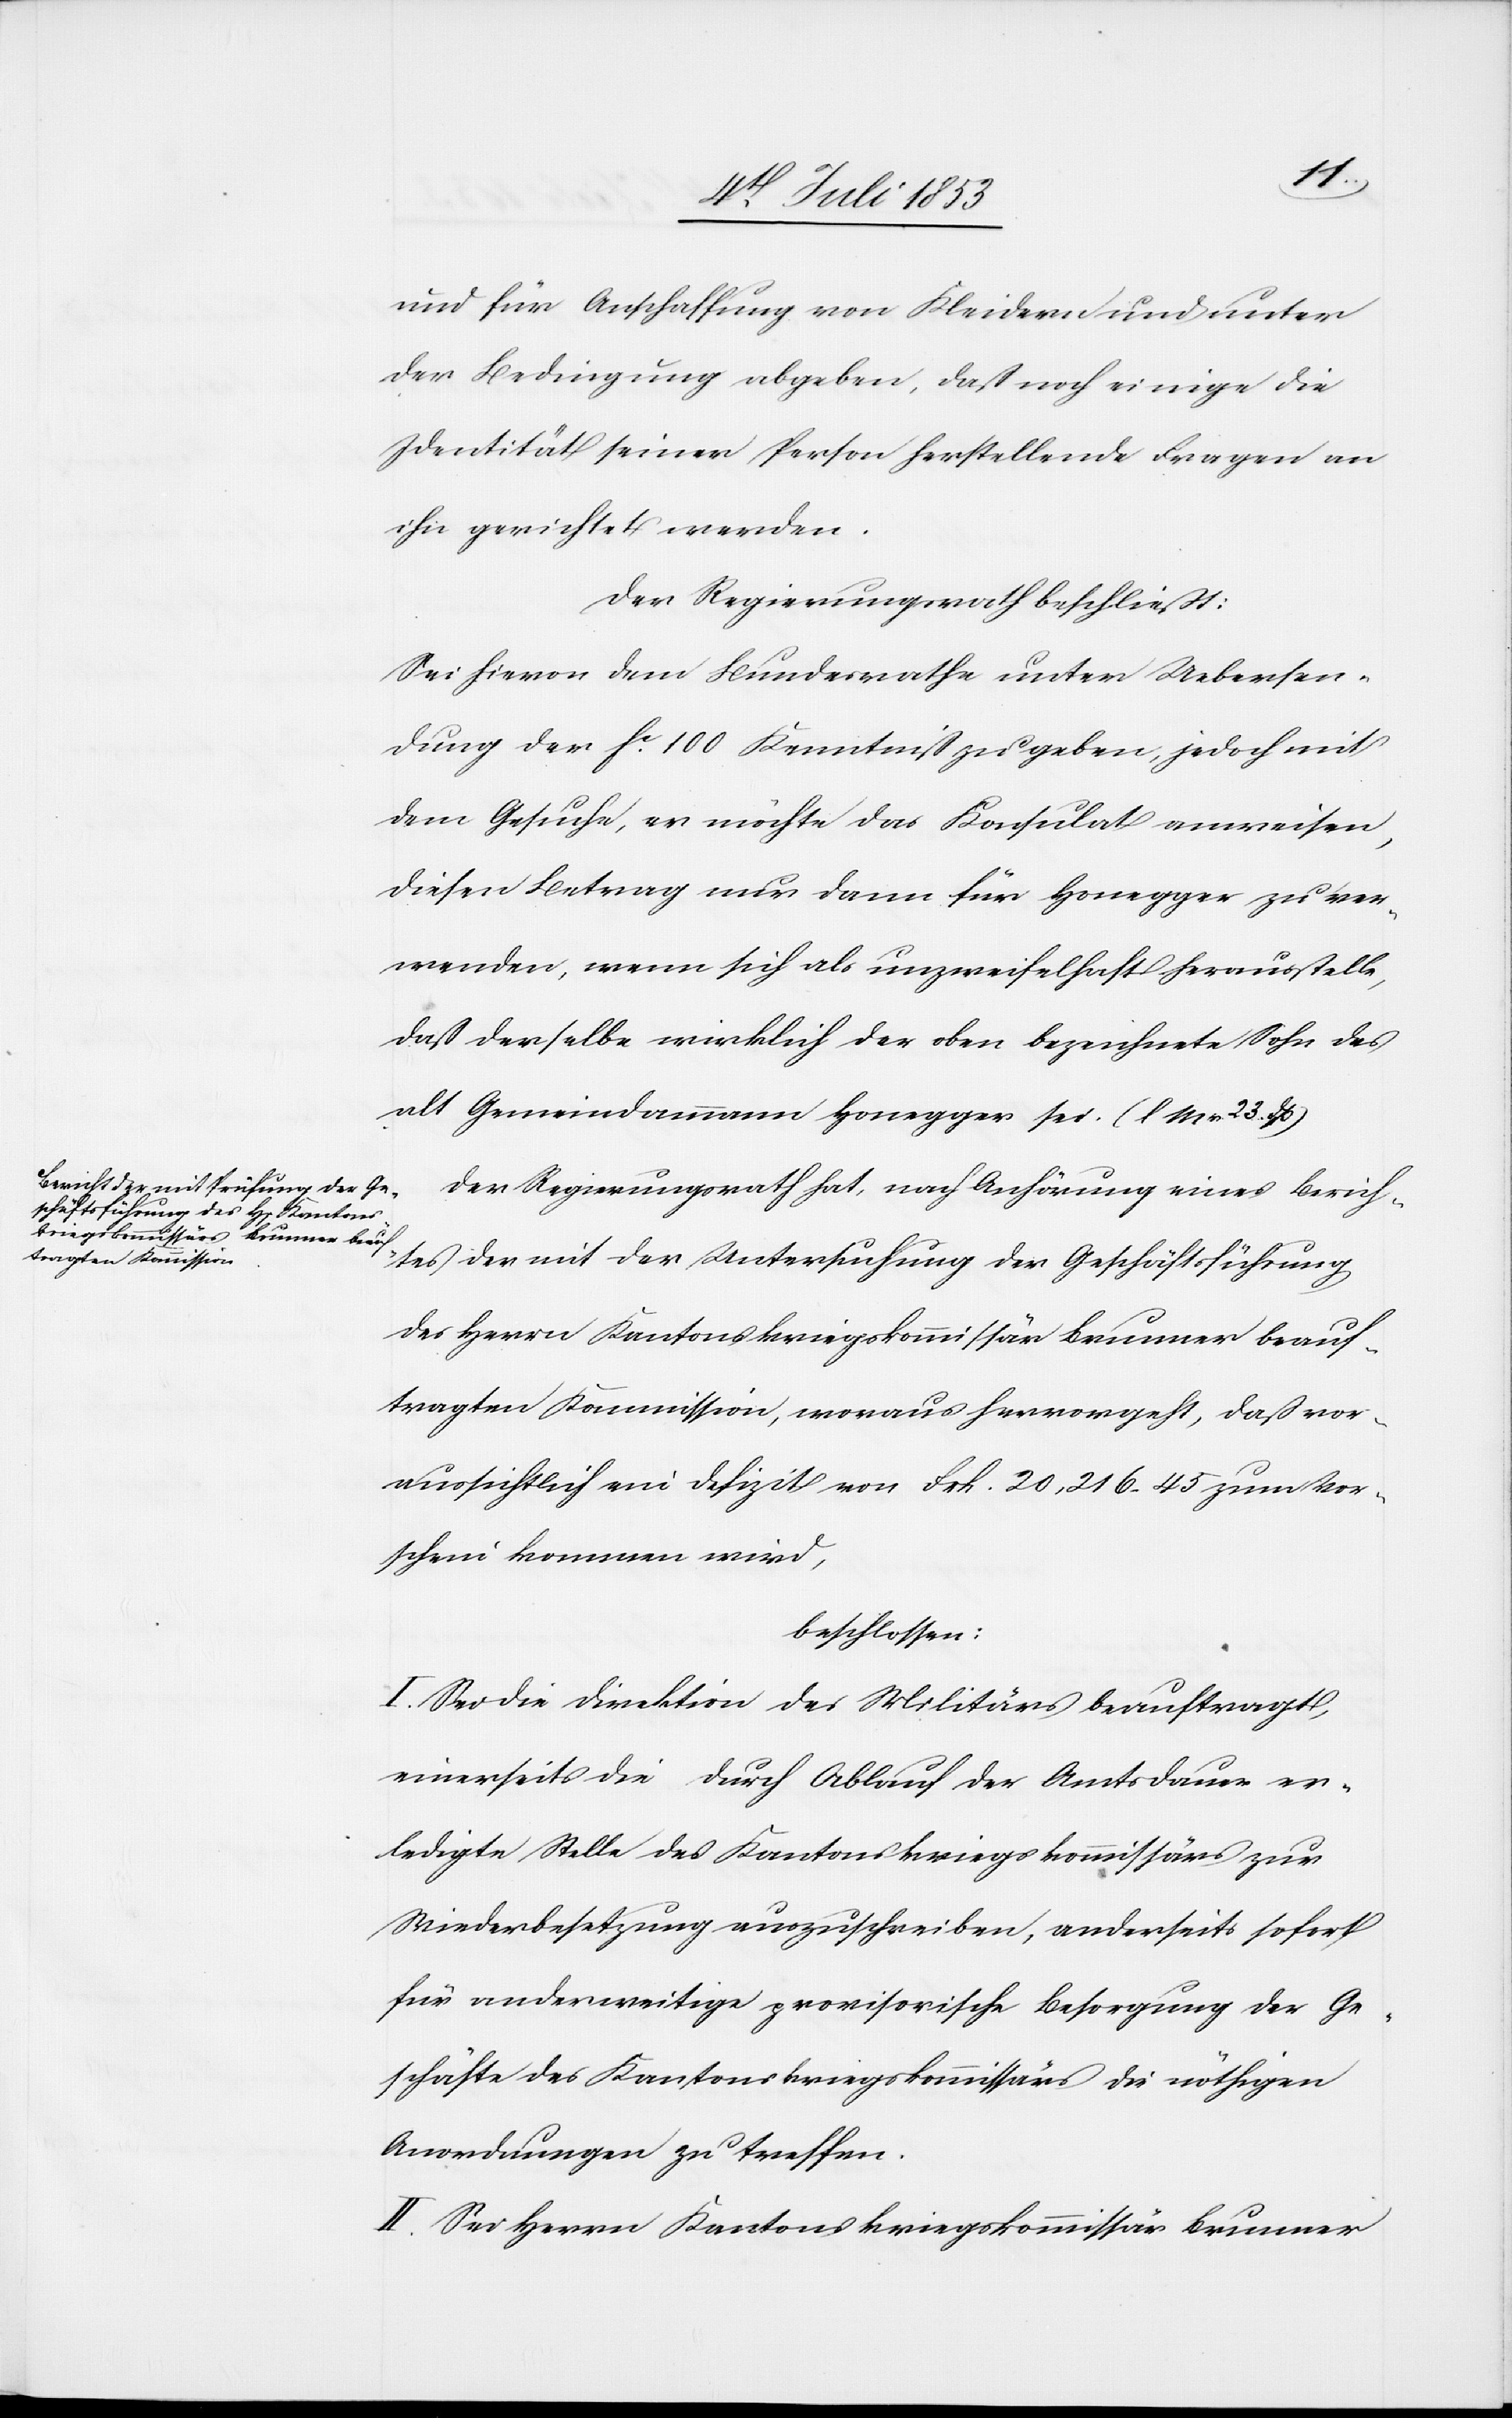
und für Anschaffung von Kleidern und unter
der Bedingung abgeben, daß noch einige die
Identität seiner Person herstellende Fragen an
ihn gerichtet werden.
Der Regierungsrath beschließt:
Sei hievon dem Bundesrathe unter Uebersen¬
dung der fr. 100 Kenntniß zu geben, jedoch mit
dem Gesuche, er möchte das Konsulat anweisen,
diesen Betrag nur dann für Honegger zu ver¬
wenden, wenn sich als unzweifelhaft herausstelle,
daß derselbe wirklich der oben bezeichnete Sohn des
alt Gemeindammann Honegger sei. [l. M. v. 23.
Der Regierungsrath hat, nach Anhörung eines Berich¬
tes der mit der Untersuchung der Geschäftsführung
des Herrn Kantonskriegskommissär Brunner beauf¬
tragten Kommission, woraus hervorgeht, daß vor¬
aussichtlich ein Defizit von Frk. 20,216.45 zum Vor¬
schein kommen wird,
beschloßen:
I. Sei die Direktion des Militärs beauftragt,
einerseits die durch Ablauf der Amtsdauer er¬
ledigte Stelle des Kantonskriegskommissärs zur
Wiederbesetzung auszuschreiben, anderseits sofort
für anderweitige provisorische Besorgung der Ge¬
schäfte des Kantonskriegskommissärs die nöthigen
Anordnungen zu treffen.
II. Sei Herrn Kantonskriegskommissär Brunner